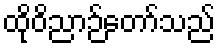
ထိုဝိညာဉ်တော်သည်